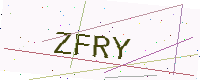
Text: ZFRY